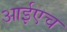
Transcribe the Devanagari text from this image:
आईएच